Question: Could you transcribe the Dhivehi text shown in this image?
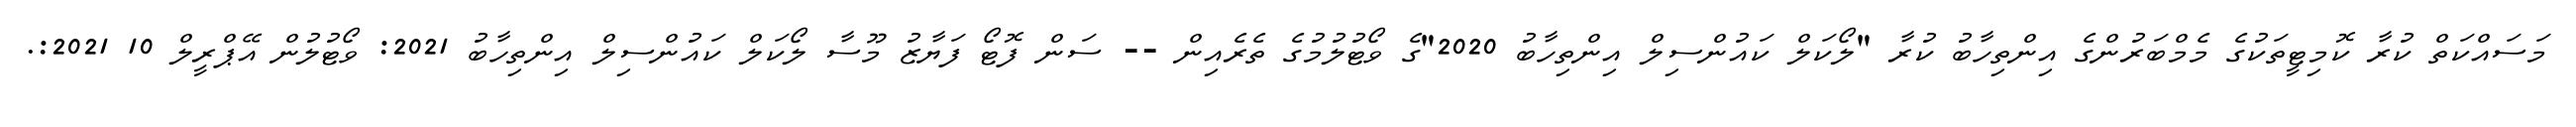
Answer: މަސައްކަތް ކުރާ ކޮމިޓީތަކުގެ މެމްބަރުންގެ އިންތިހާބު ކުރާ "ލޯކަލް ކައުންސިލް އިންތިހާބު 2020"ގެ ވޯޓުލުމުގެ ތެރެއިން -- ސަން ފޮޓޯ ފަޔާޒު މޫސާ ލޯކަލް ކައުންސިލް އިންތިހާބު 2021: ވޯޓުލުން އޭޕްރީލް 10 2021:.